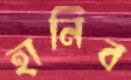
হানিব